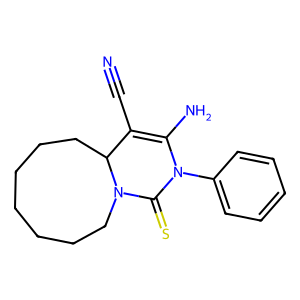
SMILES: N#CC1=C(N)N(c2ccccc2)C(=S)N2CCCCCCCC12
Inhibits HIV replication: No